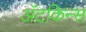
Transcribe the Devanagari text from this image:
अॅटकिन्स